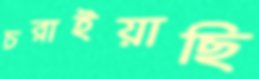
চরাইয়াছি